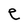
Character: e